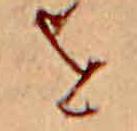
を